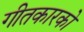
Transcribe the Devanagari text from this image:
गीतकारको